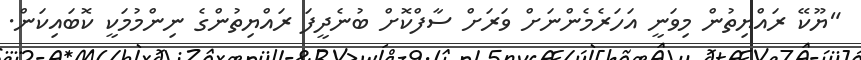
"ޔޫކޭ ރައްޔިތުން މިވަނީ އަހަރެމެންނަށް ވަރަށް ސާފްކޮށް ބުނެދީފަ ރައްޔިތުންގެ ނިންމުމަކީ ކޮބައިކަން.